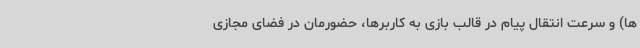
ها) و سرعت انتقال پیام در قالب بازی به کاربرها، حضورمان در فضای مجازی